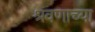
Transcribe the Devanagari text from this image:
श्रवणाच्या